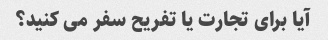
آیا برای تجارت یا تفریح ​​سفر می کنید؟